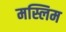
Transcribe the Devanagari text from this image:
मस्लिम